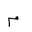
Letter: _mim